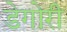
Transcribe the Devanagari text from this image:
डेगोरी